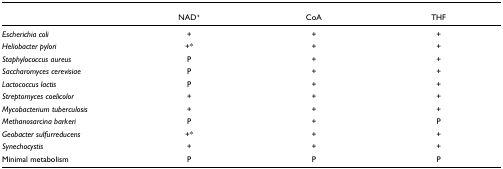
<table><thead><tr><td></td><td><b>NAD<sup>+</sup></b></td><td><b>CoA</b></td><td><b>THF</b></td></tr></thead><tbody><tr><td><i>Escherichia coli</i></td><td>+</td><td>+</td><td>+</td></tr><tr><td><i>Heliobacter pylori</i></td><td>+*</td><td>+</td><td>+</td></tr><tr><td><i>Staphylococcus aureus</i></td><td>P</td><td>+</td><td>+</td></tr><tr><td><i>Saccharomyces cerevisiae</i></td><td>P</td><td>+</td><td>+</td></tr><tr><td><i>Lactococcus lactis</i></td><td>P</td><td>+</td><td>+</td></tr><tr><td><i>Streptomyces coelicolor</i></td><td>+</td><td>+</td><td>+</td></tr><tr><td><i>Mycobacterium tuberculosis</i></td><td>+</td><td>+</td><td>+</td></tr><tr><td><i>Methanosarcina barkeri</i></td><td>P</td><td>+</td><td>P</td></tr><tr><td><i>Geobacter sulfurreducens</i></td><td>+*</td><td>+</td><td>+</td></tr><tr><td><i>Synechocystis</i></td><td>+</td><td>+</td><td>+</td></tr><tr><td>Minimal metabolism</td><td>P</td><td>P</td><td>P</td></tr></tbody></table>